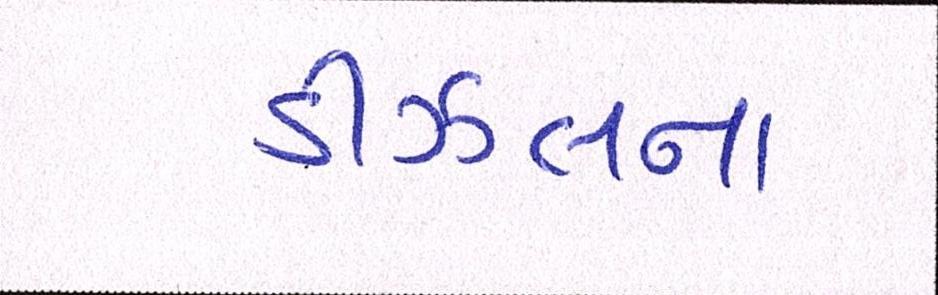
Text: ડીઝલના